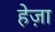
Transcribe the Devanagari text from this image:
हेज़ा